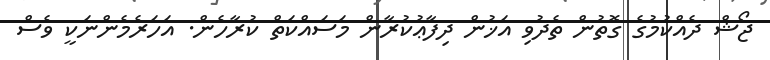
ޖޯޝް ދެއްކުމުގެ ގޮތުން ތެދުވި އަޚުން ދިފާޢުކުރާން މަސައްކަތް ކުރާހެން. އަހަރެމެންނަކީ ވެސް